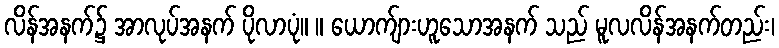
လိန်အနက်၌ အာလုပ်အနက် ပိုလာပုံ။ ။ ယောက်ျားဟူသောအနက် သည် မူလလိန်အနက်တည်း၊